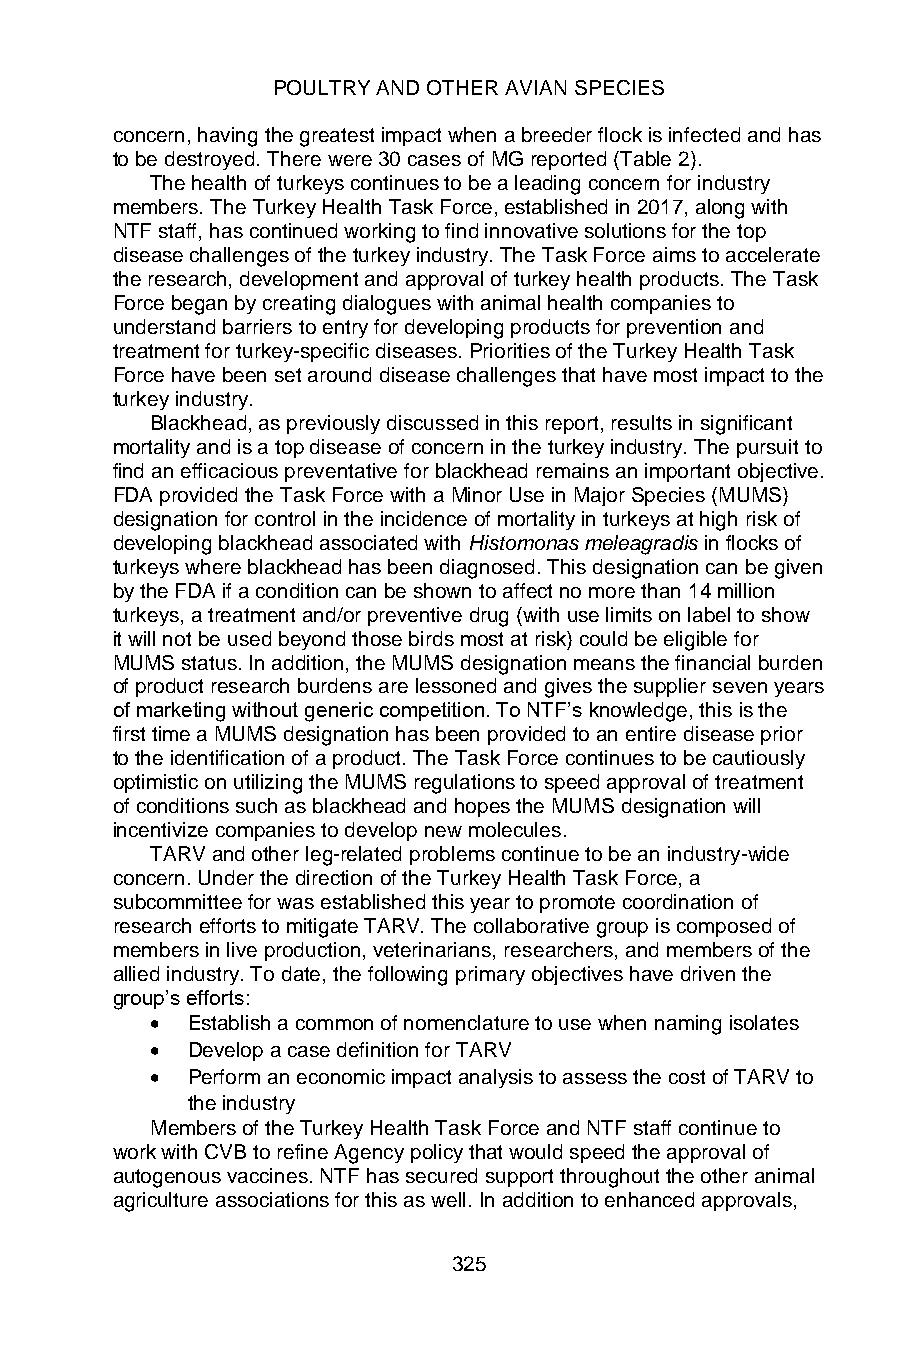
POULTRY AND OTHER AVIAN SPECIES
 concern, having the greatest impact when a breeder flock is infected and has
 to be destroyed. There were 30 cases of MG reported (Table 2).
 The health of turkeys continues to be a leading concern for industry
 members. The Turkey Health Task Force, established in 2017, along with
 NTF staff, has continued working to find innovative solutions for the top
 disease challenges of the turkey industry. The Task Force aims to accelerate
 the research, development and approval of turkey health products. The Task
 Force began by creating dialogues with animal health companies to
 understand barriers to entry for developing products for prevention and
 treatment for turkey-specific diseases. Priorities of the Turkey Health Task
 Force have been set around disease challenges that have most impact to the
 turkey industry.
 Blackhead, as previously discussed in this report, results in significant
 mortality and is a top disease of concern in the turkey industry. The pursuit to
 find an efficacious preventative for blackhead remains an important objective.
 FDA provided the Task Force with a Minor Use in Major Species (MUMS)
 designation for control in the incidence of mortality in turkeys at high risk of
 developing blackhead associated with Histomonas meleagradis in flocks of
 turkeys where blackhead has been diagnosed. This designation can be given
 by the FDA if a condition can be shown to affect no more than 14 million
 turkeys, a treatment and/or preventive drug (with use limits on label to show
 it will not be used beyond those birds most at risk) could be eligible for
 MUMS status. In addition, the MUMS designation means the financial burden
 of product research burdens are lessoned and gives the supplier seven years
 of marketing without generic competition. To NTF’s knowledge, this is the
 first time a MUMS designation has been provided to an entire disease prior
 to the identification of a product. The Task Force continues to be cautiously
 optimistic on utilizing the MUMS regulations to speed approval of treatment
 of conditions such as blackhead and hopes the MUMS designation will
 incentivize companies to develop new molecules.
 TARV and other leg-related problems continue to be an industry-wide
 concern. Under the direction of the Turkey Health Task Force, a
 subcommittee for was established this year to promote coordination of
 research efforts to mitigate TARV. The collaborative group is composed of
 members in live production, veterinarians, researchers, and members of the
 allied industry. To date, the following primary objectives have driven the
 group’s efforts:
 • Establish a common of nomenclature to use when naming isolates
 • Develop a case definition for TARV
 • Perform an economic impact analysis to assess the cost of TARV to
 the industry
 Members of the Turkey Health Task Force and NTF staff continue to
 work with CVB to refine Agency policy that would speed the approval of
 autogenous vaccines. NTF has secured support throughout the other animal
 agriculture associations for this as well. In addition to enhanced approvals,
 325